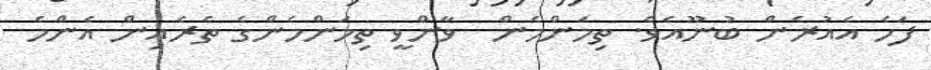
ފަހެ އެއުރެން ބުނޫއެވެ. ތިމަންމެން  ވާންވީ ތިމަންމެންގެ ތެރެއިން އެންމެ